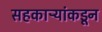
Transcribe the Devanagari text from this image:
सहकाऱ्यांकडून